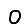
Digit: 0